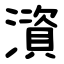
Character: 澬